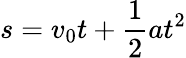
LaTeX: s=v_{0}t+{\frac{1}{2}}at^{2}